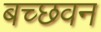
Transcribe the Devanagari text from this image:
बच्छवन